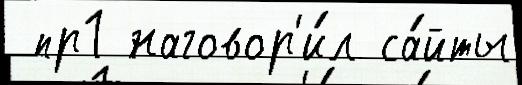
 пр1 наговор'и́л са́йты